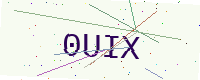
Text: 0UIX